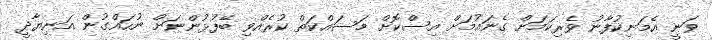
ވަނީ އެމަނިކުފާނު ވެރިކަމަށް ގެނައުމަށް އިސްކޮށް މަސައްކަތް ކުރެއްވި ބޭފުޅުންނަށް ނުހައްގުން އަނިޔާދީ